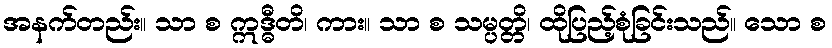
အနက်တည်း။ သာ စ ဣဒ္ဓီတိ၊ ကား။ သာ စ သမ္ပတ္တိ၊ ထိုပြည့်စုံခြင်းသည်။ သော စ